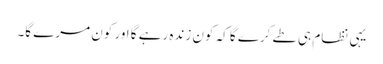
یہی نظام ہی طے کرے گا کہ کون زندہ رہے گا اور کون مرے گا۔